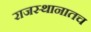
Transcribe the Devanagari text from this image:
राजस्थानातच